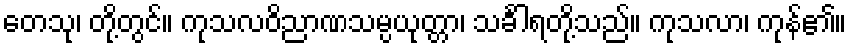
တေသု၊ တို့တွင်။ ကုသလဝိညာဏသမ္ပယုတ္တာ၊ သင်္ခါရတို့သည်။ ကုသလာ၊ ကုန်၏။